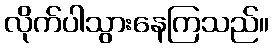
လိုက်ပါသွားနေကြသည်။